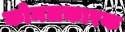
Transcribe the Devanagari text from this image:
कोमलकारक